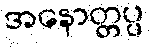
အနောတ္တပ္ပ